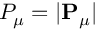
P _ { \mu } = | \mathbf { P } _ { \mu } |